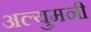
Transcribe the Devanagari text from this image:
अल्युमनी